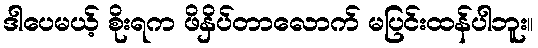
ဒါပေမယ့် စိုးရက ဖိနှိပ်တာလောက် မပြင်းထန်ပါဘူး။